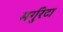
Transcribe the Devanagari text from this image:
मर्गुरेटा